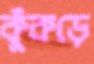
কুঁকড়ে